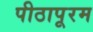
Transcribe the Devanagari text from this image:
पीठापूरम